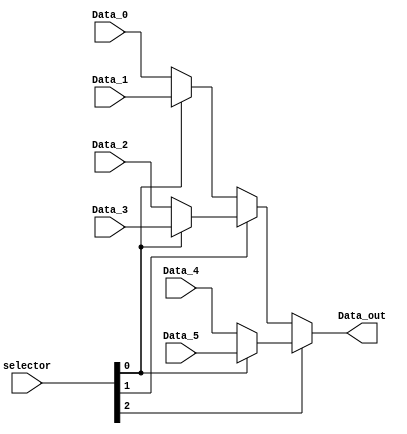
module F_mux_pcSource (
    input  wire    [2:0]   selector,
    input  wire    [31:0]  Data_0,
    input  wire    [31:0]  Data_1,
    input  wire    [31:0]  Data_2,
    input  wire    [31:0]  Data_3,
    input  wire    [31:0]  Data_4,
    input  wire    [31:0]  Data_5, 
    output wire    [31:0]  Data_out 
);

    wire [31:0] W1;
    wire [31:0] W2;
    wire [31:0] W3;
    wire [31:0] W4;

    assign W1       = (selector[0]) ? Data_1 : Data_0; 
    assign W2       = (selector[0]) ? Data_3 : Data_2;
    assign W3       = (selector[0]) ? Data_5 : Data_4;
    assign W4       = (selector[1]) ? W2 : W1;

    assign Data_out = (selector[2]) ? W3 : W4;
    
endmodule